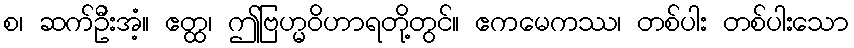
စ၊ ဆက်ဦးအံ့။ ဧတ္ထ၊ ဤဗြဟ္မဝိဟာရတို့တွင်။ ဧကမေကဿ၊ တစ်ပါး တစ်ပါးသော